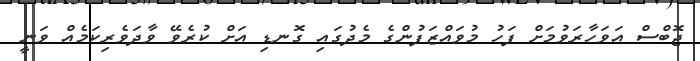
ޖޮބްސް އަވަހާރަވުމަށް ފަހު މުވައްޒަފުންގެ މެދުގައި ގޮނޑި އަށް ކުރެވޭ ވާދަވެރިކަމެއް ވަނީ